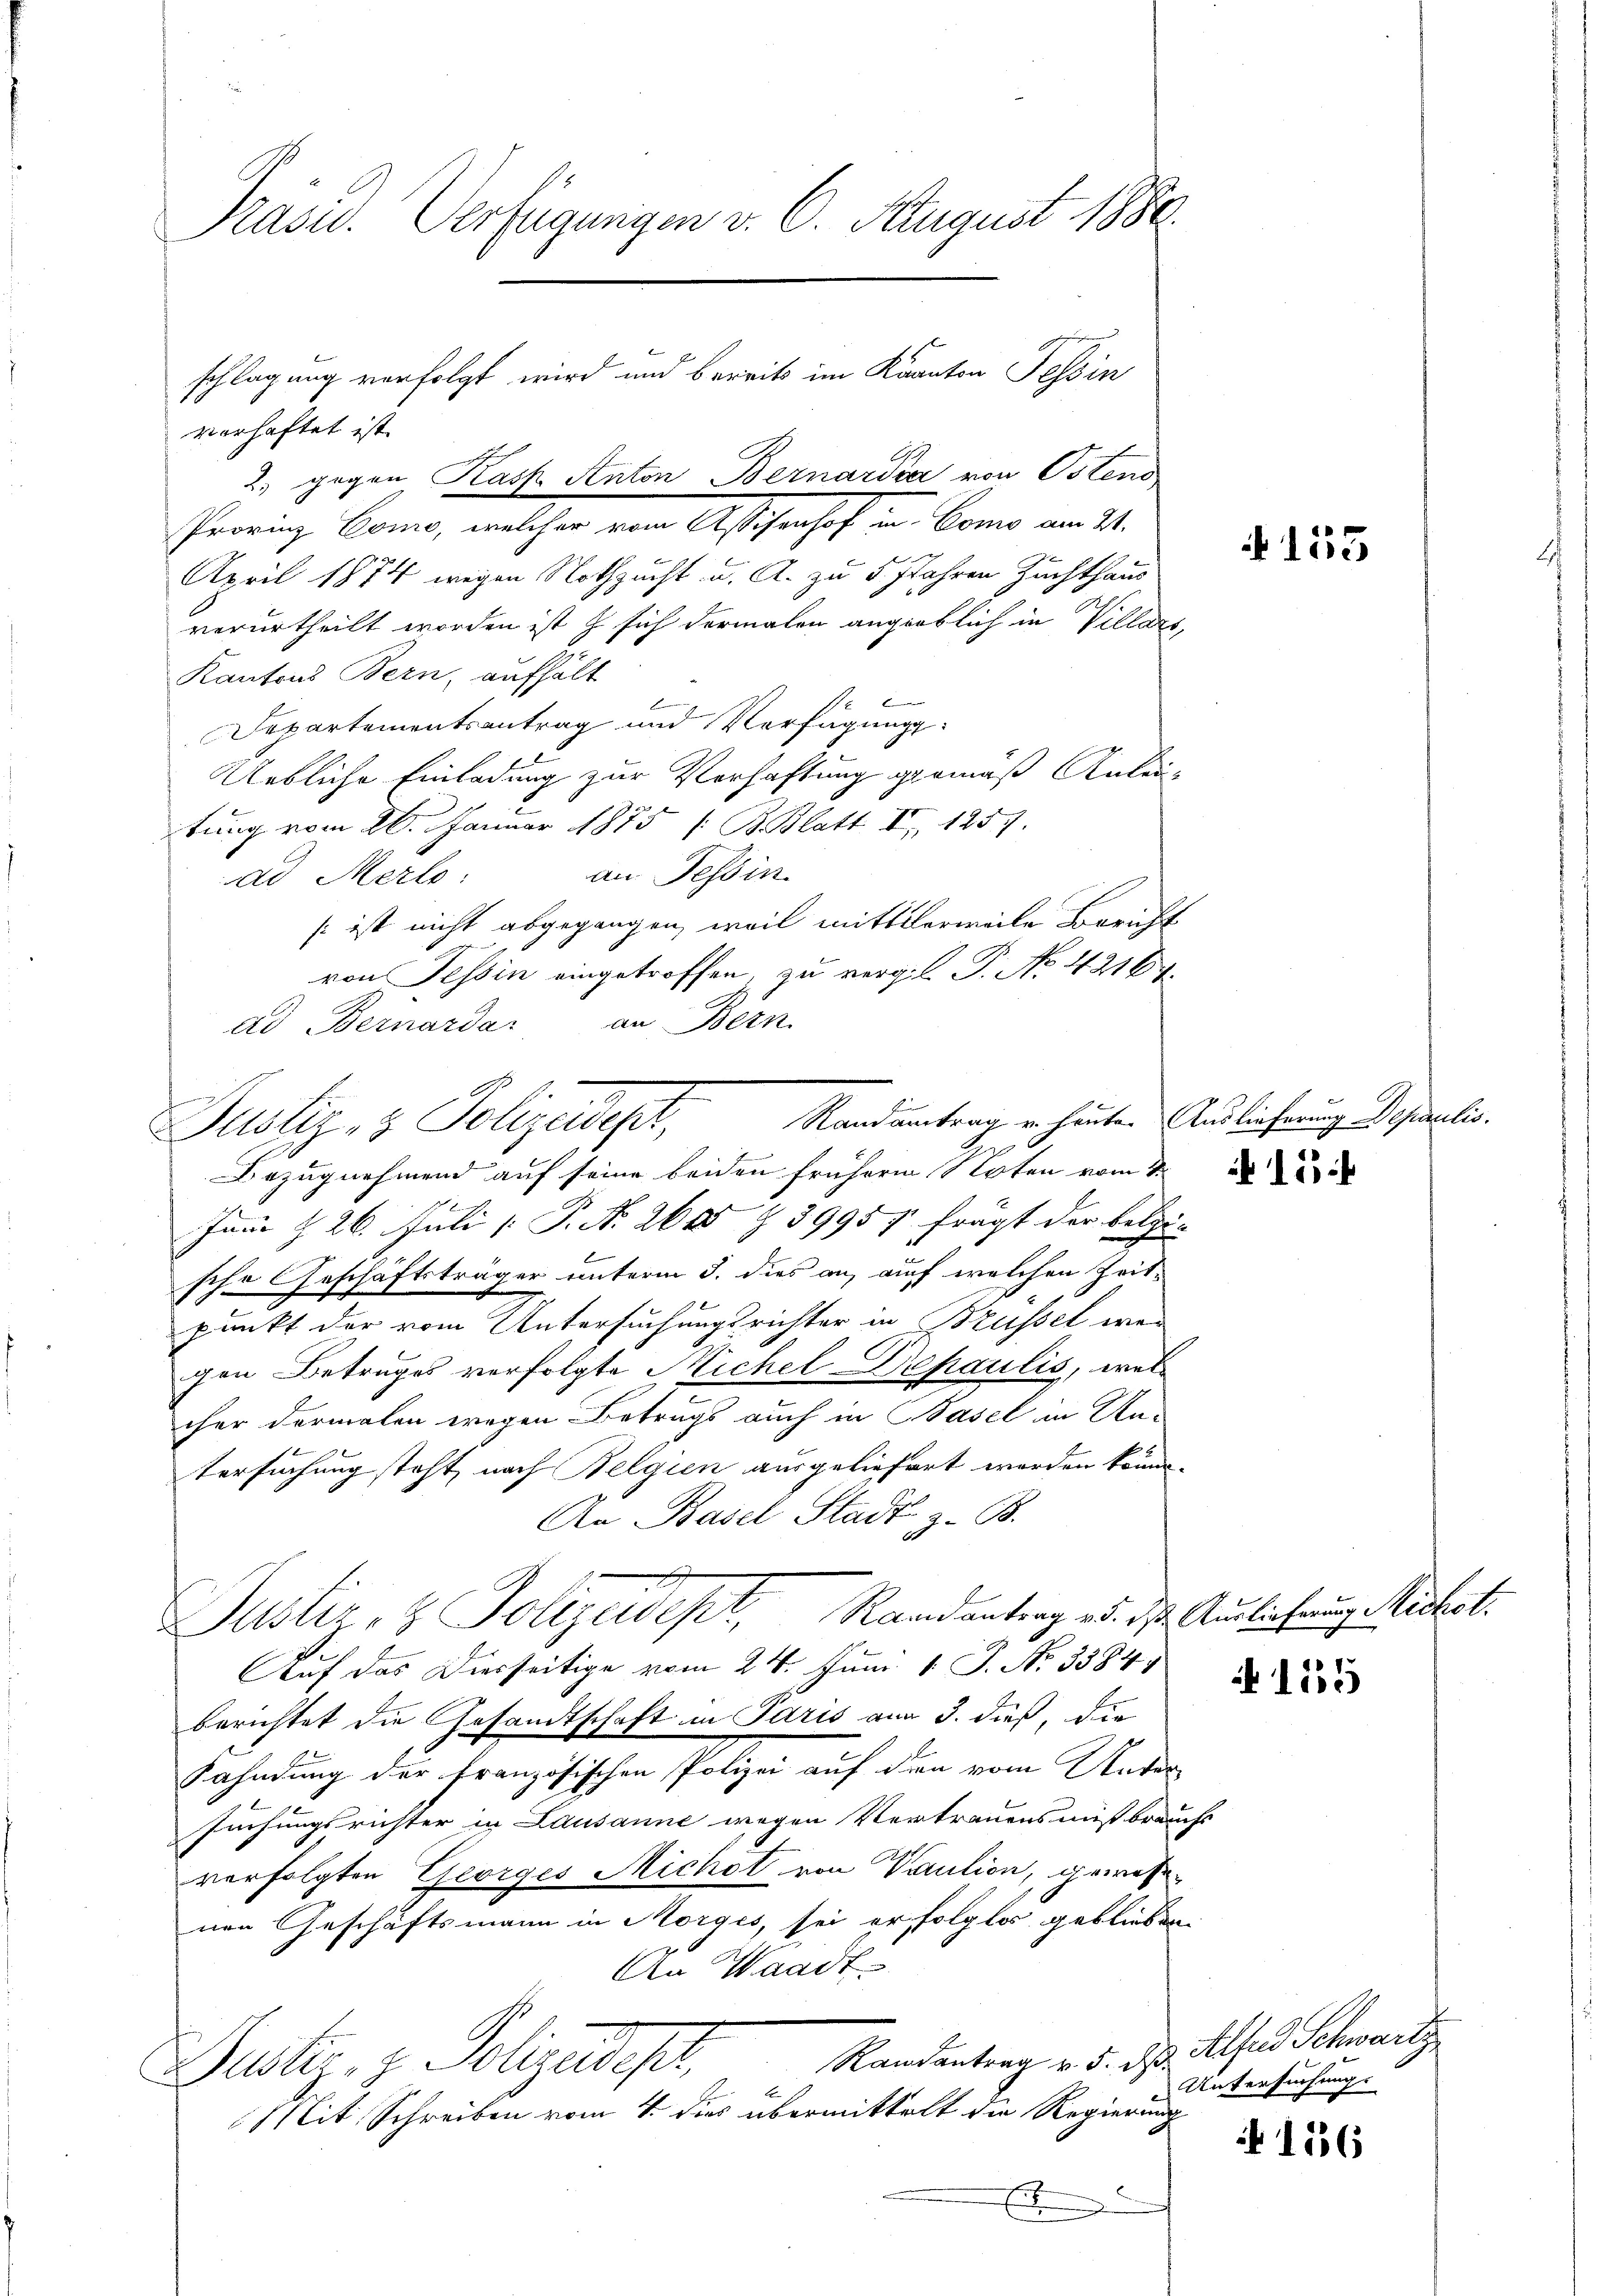
Präsid. Verfügungen v. 6. August 1880.
schlagung verfolgt wird und bereits im Kanton Tessin

verhaftet ist.
2. gegen Kass Anton Bernardia von Ostend
Provinz Como, welcher vom Assisenhof in Como am 21.
April 1874 wegen Nothzucht u. A. zu 5 Jahren Zuchthaus
verurtheilt worden ist zu sich dermalen angeblich in Villars
Kantons Bern, aufhält
einer
Departementsantrag und Verfügung
Uebliche Einladung zur Verhaftung gemäß Anleitung vom 26. Januar 1875 / B. Blatt II 1257.
an Tessin.
ad Merlo
s ist nicht abgegangen, weil mittlerweile Bericht
von Tessin eingetroffen, zu vergl. P. No. 42164
ad Bernardar an Bern.
Jane § 26. Juli [ P. Nr. 260 § 3995 f frägt der belzi-
sche Geschäftsträger unterm 3. dies an, auch welchen Zeitpunkt der vom Untersuchungsrichter in Brüssel wei
gen Betruges verfolgte Sichel Dipaulis, welcher dermalen wegen Betrugs auch in Basel in Un-
tersuchung steht, nach Belgien ausgeliefert worden könne.
An Basel Stadt z. B.
Justiz- & Polizeidept, Randantrag an das Auslichung e
Auf das Diesseitige vom 24. Juni. 1. J. No. 3384
berichtet die Gesandtschaft in Paris am 3. dieß, die
Fahndung der französischen Polizei auf dien vom Unter-
suchungsrichter in Lausanne wegen Vertrauensmißbrauchs
verfolgten Georges Michot von Vaution, gewesenen Geschäftsmann in Morges, sei erfolglos geblieben
An Waadt
Randantrag v. 5. ds. Alfred Schwartz
Gute, z. Polizeist,
Mit Schreiben vom 4. dies übermittelt die Regierung

Randantrag u. heuten Auslieferung Deparielis.
Justiz- & Polizadept,
Bezugnehmend auf seine beiden frühere Noten vom 1.

155

15

N 155

Untersuchung.

156

ikol